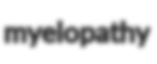
myelopathy